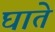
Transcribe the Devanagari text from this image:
घाते